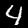
Digit: 4